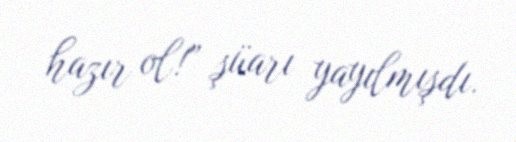
hazır ol!” şüarı yayılmışdı.